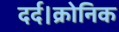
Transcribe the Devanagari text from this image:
दर्द।क्रोनिक